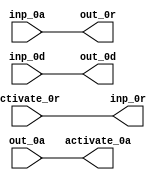
module BrzFetch_33_s5_false (
  activate_0r, activate_0a,
  inp_0r, inp_0a, inp_0d,
  out_0r, out_0a, out_0d
);
  input activate_0r;
  output activate_0a;
  output inp_0r;
  input inp_0a;
  input [32:0] inp_0d;
  output out_0r;
  input out_0a;
  output [32:0] out_0d;
  assign activate_0a = out_0a;
  assign out_0r = inp_0a;
  assign inp_0r = activate_0r;
  assign out_0d[0] = inp_0d[0];
  assign out_0d[1] = inp_0d[1];
  assign out_0d[2] = inp_0d[2];
  assign out_0d[3] = inp_0d[3];
  assign out_0d[4] = inp_0d[4];
  assign out_0d[5] = inp_0d[5];
  assign out_0d[6] = inp_0d[6];
  assign out_0d[7] = inp_0d[7];
  assign out_0d[8] = inp_0d[8];
  assign out_0d[9] = inp_0d[9];
  assign out_0d[10] = inp_0d[10];
  assign out_0d[11] = inp_0d[11];
  assign out_0d[12] = inp_0d[12];
  assign out_0d[13] = inp_0d[13];
  assign out_0d[14] = inp_0d[14];
  assign out_0d[15] = inp_0d[15];
  assign out_0d[16] = inp_0d[16];
  assign out_0d[17] = inp_0d[17];
  assign out_0d[18] = inp_0d[18];
  assign out_0d[19] = inp_0d[19];
  assign out_0d[20] = inp_0d[20];
  assign out_0d[21] = inp_0d[21];
  assign out_0d[22] = inp_0d[22];
  assign out_0d[23] = inp_0d[23];
  assign out_0d[24] = inp_0d[24];
  assign out_0d[25] = inp_0d[25];
  assign out_0d[26] = inp_0d[26];
  assign out_0d[27] = inp_0d[27];
  assign out_0d[28] = inp_0d[28];
  assign out_0d[29] = inp_0d[29];
  assign out_0d[30] = inp_0d[30];
  assign out_0d[31] = inp_0d[31];
  assign out_0d[32] = inp_0d[32];
endmodule